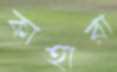
কাহারা